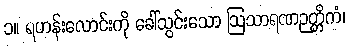
၁။ ရဟန်းလောင်းကို ခေါ်သွင်းသော ဩသာရဏဉတ္တိကံ၊